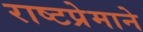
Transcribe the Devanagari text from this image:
राष्टप्रेमाने